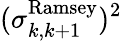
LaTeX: (\sigma_{k,k+1}^{\textrm{Ramsey}})^{2}